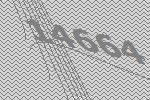
14664